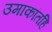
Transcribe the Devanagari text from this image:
उमाकांतहि